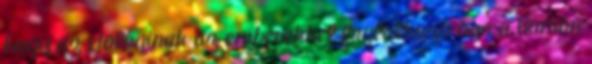
hogy az etológinak az emberekkel foglalkozó ága a humán